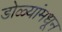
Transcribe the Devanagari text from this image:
डोळ्यांमधून